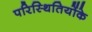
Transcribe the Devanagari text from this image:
परिस्थितियोंके